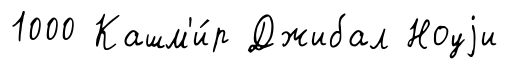
1000 Кашм'и́р Джибал Ноуjи